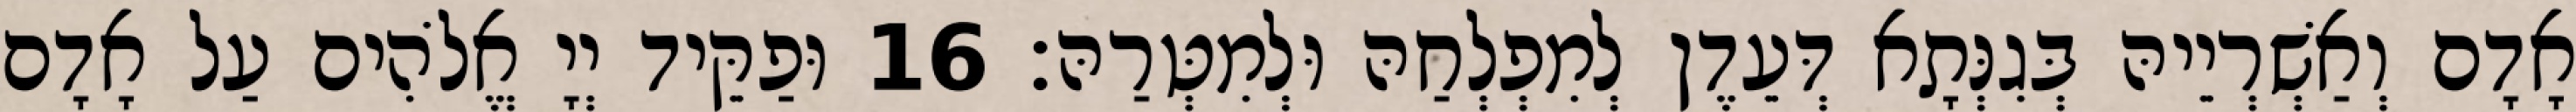
אָדָם וְאַשְׁרְיֵיהּ בְּגִנְּתָא דְּעֵדֶן לְמִפְלְחַהּ וּלְמִטְּרַהּ׃ 16 וּפַקֵּיד יְיָ אֱלֹהִים עַל אָדָם